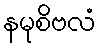
နမုစိဗလံ